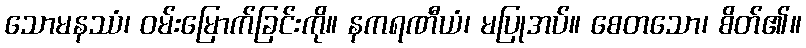
သောမနဿံ၊ ဝမ်းမြောက်ခြင်းကို။ နကရဏီယံ၊ မပြုအပ်။ စေတသော၊ စိတ်၏။